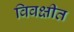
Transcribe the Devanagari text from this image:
विवक्षीत